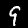
Digit: 9